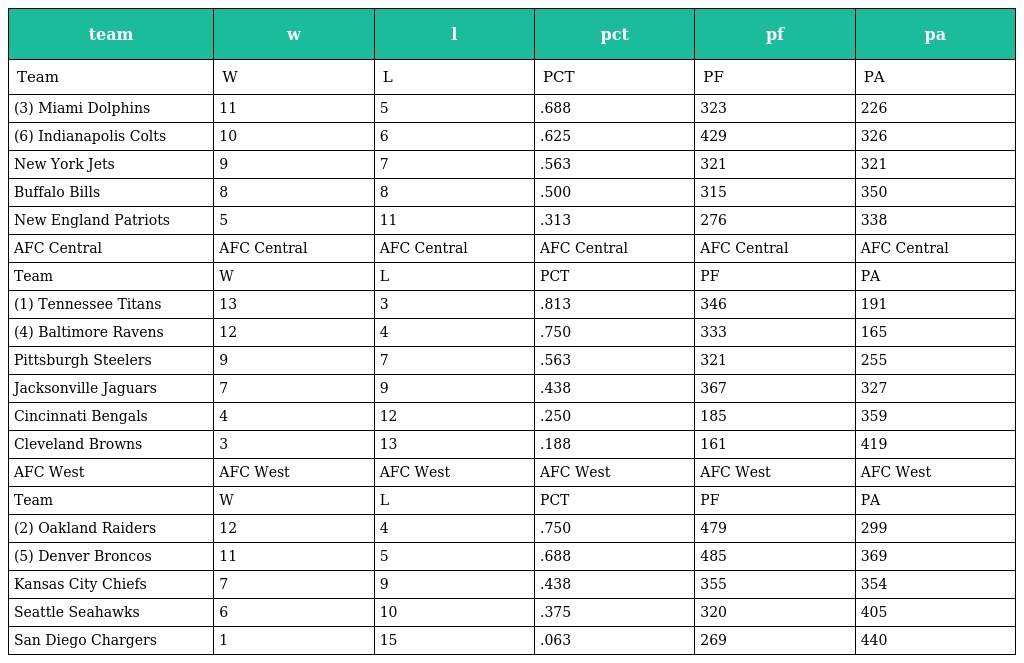
| team | w | l | pct | pf | pa |
 | --- | --- | --- | --- | --- | --- |
 | Team | W | L | PCT | PF | PA |
 | (3) Miami Dolphins | 11 | 5 | .688 | 323 | 226 |
 | (6) Indianapolis Colts | 10 | 6 | .625 | 429 | 326 |
 | New York Jets | 9 | 7 | .563 | 321 | 321 |
 | Buffalo Bills | 8 | 8 | .500 | 315 | 350 |
 | New England Patriots | 5 | 11 | .313 | 276 | 338 |
 | AFC Central | AFC Central | AFC Central | AFC Central | AFC Central | AFC Central |
 | Team | W | L | PCT | PF | PA |
 | (1) Tennessee Titans | 13 | 3 | .813 | 346 | 191 |
 | (4) Baltimore Ravens | 12 | 4 | .750 | 333 | 165 |
 | Pittsburgh Steelers | 9 | 7 | .563 | 321 | 255 |
 | Jacksonville Jaguars | 7 | 9 | .438 | 367 | 327 |
 | Cincinnati Bengals | 4 | 12 | .250 | 185 | 359 |
 | Cleveland Browns | 3 | 13 | .188 | 161 | 419 |
 | AFC West | AFC West | AFC West | AFC West | AFC West | AFC West |
 | Team | W | L | PCT | PF | PA |
 | (2) Oakland Raiders | 12 | 4 | .750 | 479 | 299 |
 | (5) Denver Broncos | 11 | 5 | .688 | 485 | 369 |
 | Kansas City Chiefs | 7 | 9 | .438 | 355 | 354 |
 | Seattle Seahawks | 6 | 10 | .375 | 320 | 405 |
 | San Diego Chargers | 1 | 15 | .063 | 269 | 440 |